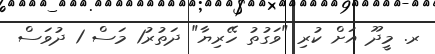
ރ. މީދޫ އަށް ކުރި "ވަގުތު ހޭރިޔާ" ދަތުރު1 މަސް 1 ދުވަސް